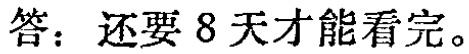
答：还要8天才能看完。